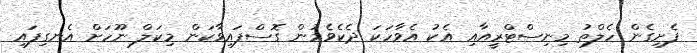
ފެށިގެން ހެލްތު މިނިސްޓްރީއާއި އެކު އެވާހަކަ ދެކެވެމުން ގޮސްފައިވާކަން މިކަލް ނޫހަށް އެނގިފައި